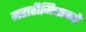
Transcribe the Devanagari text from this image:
मराठीमित्राकडे